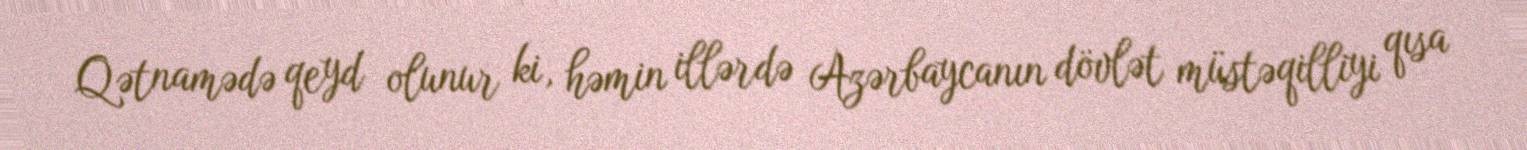
Qətnamədə qeyd olunur ki, həmin illərdə Azərbaycanın dövlət müstəqilliyi qısa